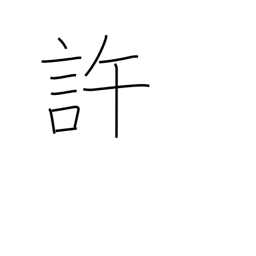
Meaning: approve